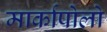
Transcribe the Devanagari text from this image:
मार्कापोलो